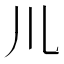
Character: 𫶧